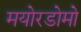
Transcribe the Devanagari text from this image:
मयोरडोमो